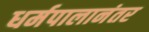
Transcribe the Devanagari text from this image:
धर्मपालानंतर